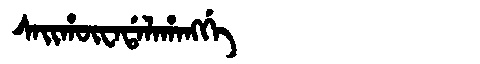
Manchu: ᠰᠠᡳᡥᡡᠸᠠᡩᠠᠯᠠᡥᠠᠩᡤᡝ
Romanization: SAIHŪWADALAHANGGE